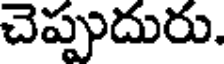
చెప్పుదురు.